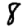
Digit: 8